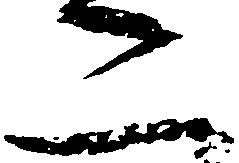
二